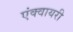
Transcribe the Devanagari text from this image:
एंक्वायरी